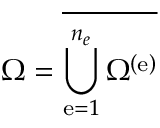
\Omega = \overline { { \bigcup _ { \mathrm { e } = 1 } ^ { { n _ { e } } } \Omega ^ { \left( \mathrm { e } \right) } } }